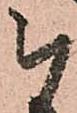
被